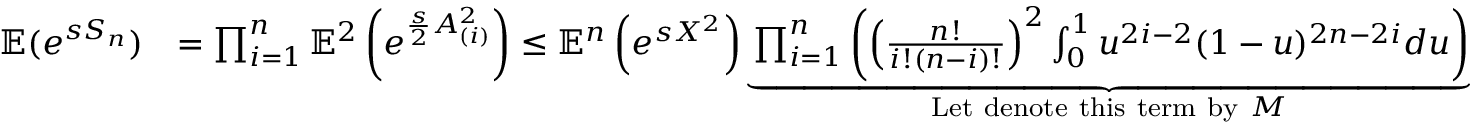
\begin{array} { r l } { \mathbb { E } ( e ^ { s S _ { n } } ) } & { = \prod _ { i = 1 } ^ { n } \mathbb { E } ^ { 2 } \left( e ^ { \frac { s } { 2 } A _ { ( i ) } ^ { 2 } } \right) \le \mathbb { E } ^ { n } \left( e ^ { s X ^ { 2 } } \right) \underbrace { \prod _ { i = 1 } ^ { n } \left( \left( \frac { n ! } { i ! ( n - i ) ! } \right) ^ { 2 } \int _ { 0 } ^ { 1 } u ^ { 2 i - 2 } ( 1 - u ) ^ { 2 n - 2 i } d u \right) } _ { \mathrm { L e t ~ d e n o t e ~ t h i s ~ t e r m ~ b y ~ } M } } \end{array}